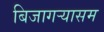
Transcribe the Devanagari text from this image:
बिजागऱ्यासम